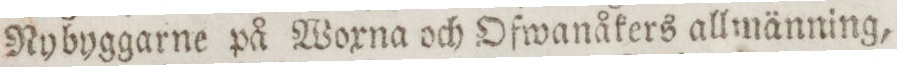
Nybyggarne på Woxna och Ofwanåkers allmänning,